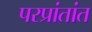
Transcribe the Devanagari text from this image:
परप्रांतांत